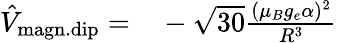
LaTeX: \begin{array}{rl}{\hat{V}_{\mathrm{magn.dip}}=}&{{}-\sqrt{30}\frac{(\mu_{B}g_{e}\alpha)^{2}}{R^{3}}}\end{array}